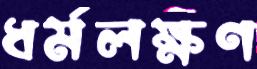
ধর্মলক্ষণ